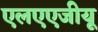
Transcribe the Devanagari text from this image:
एलएएजीयू